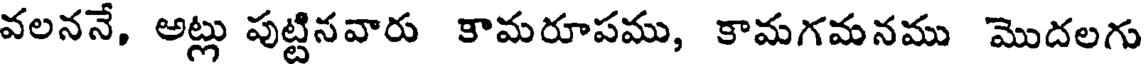
వలననే, అట్లు పుట్టినవారు కామరూపము, కామగమనము మొదలగు